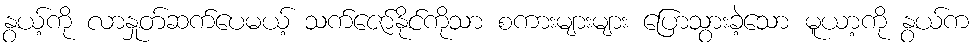
နွယ့်ကို လာနှုတ်ဆက်ပေမယ့် သက်ဇော်နိုင်ကိုသာ စကားများများ ပြောသွားခဲ့သော မူယာ့ကို နွယ်က